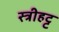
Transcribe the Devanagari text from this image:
स्त्रीहट्ट